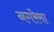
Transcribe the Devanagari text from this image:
नगरेमा